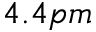
4 . 4 p m